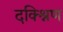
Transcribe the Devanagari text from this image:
दक्श्निण